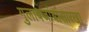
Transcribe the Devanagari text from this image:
गुलाबजांबांसारखा